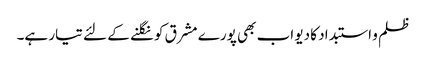
ظلم و استبداد کا دیو اب بھی پورے مشرق کو نگلنے کے لئے تیار ہے۔